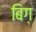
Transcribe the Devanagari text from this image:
बिग़